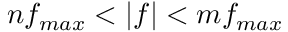
n f _ { m a x } < | f | < m f _ { m a x }